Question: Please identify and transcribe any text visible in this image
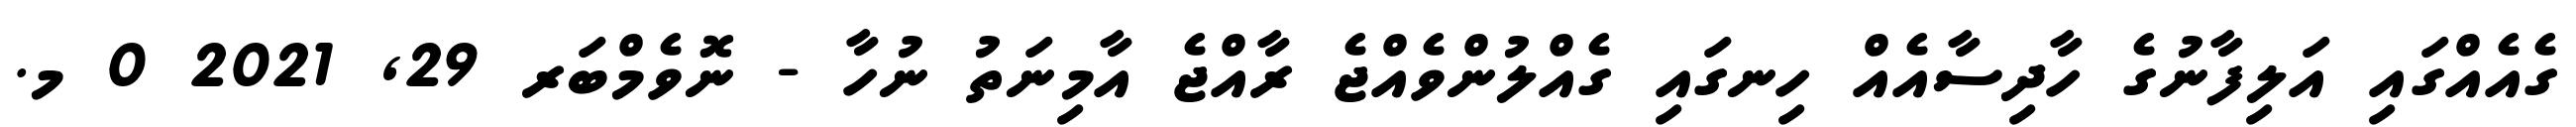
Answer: ގެއެއްގައި އަލިފާނުގެ ހާދިސާއެއް ހިނގައި ގެއްލުންވެއްޖެ ރާއްޖެ އާމިނަތު ނުހާ - ނޮވެމްބަރ 29, 2021 0 މ.